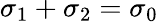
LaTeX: \sigma_{1}+\sigma_{2}=\sigma_{0}